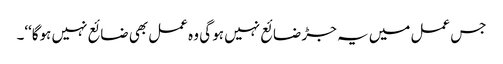
جس عمل میں یہ جڑ ضائع نہیں ہو گی وہ عمل بھی ضائع نہیں ہوگا‘‘۔